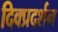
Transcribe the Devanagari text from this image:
दिक्प्रदर्शन